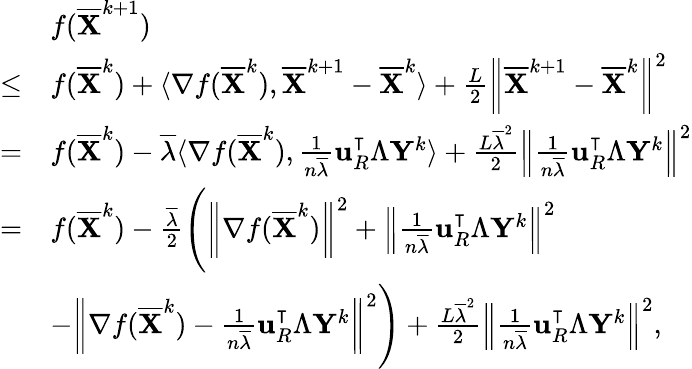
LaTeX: \begin{array}{rl}&{f(\overline{{{\mathbf{X}}}}^{k+1})}\\ {\leq}&{f(\overline{{{\mathbf{X}}}}^{k})+\langle\nabla f(\overline{{{\mathbf{X}}}}^{k}),\overline{{{\mathbf{X}}}}^{k+1}-\overline{{{\mathbf{X}}}}^{k}\rangle+\frac{L}{2}\left\| \overline{{{\mathbf{X}}}}^{k+1}-\overline{{{\mathbf{X}}}}^{k}\right\| ^{2}}\\ {=}&{f(\overline{{{\mathbf{X}}}}^{k})-\overline{{\lambda}}\langle\nabla f(\overline{{{\mathbf{X}}}}^{k}),\frac{1}{n\overline{{\lambda}}}{\mathbf{u}}_{R}^{\intercal}\Lambda{\mathbf{Y}}^{k}\rangle+\frac{L\overline{{\lambda}}^{2}}{2}\left\| \frac{1}{n\overline{{\lambda}}}{\mathbf{u}}_{R}^{\intercal}\Lambda{\mathbf{Y}}^{k}\right\| ^{2}}\\ {=}&{f(\overline{{{\mathbf{X}}}}^{k})-\frac{\overline{{\lambda}}}{2}\Bigg(\left\| \nabla f(\overline{{{\mathbf{X}}}}^{k})\right\| ^{2}+\left\| \frac{1}{n\overline{{\lambda}}}{\mathbf{u}}_{R}^{\intercal}\Lambda{\mathbf{Y}}^{k}\right\| ^{2}}\\ &{-\left\| \nabla f(\overline{{{\mathbf{X}}}}^{k})-\frac{1}{n\overline{{\lambda}}}{\mathbf{u}}_{R}^{\intercal}\Lambda{\mathbf{Y}}^{k}\right\| ^{2}\Bigg)+\frac{L\overline{{\lambda}}^{2}}{2}\left\| \frac{1}{n\overline{{\lambda}}}{\mathbf{u}}_{R}^{\intercal}\Lambda{\mathbf{Y}}^{k}\right\| ^{2},}\end{array}